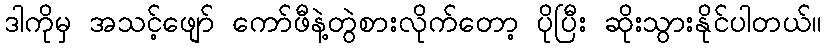
ဒါကိုမှ အသင့်ဖျော် ကော်ဖီနဲ့တွဲစားလိုက်တော့ ပိုပြီး ဆိုးသွားနိုင်ပါတယ်။